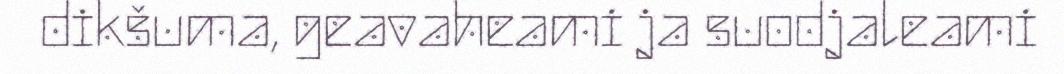
dikšuma, geavaheami ja suodjaleami